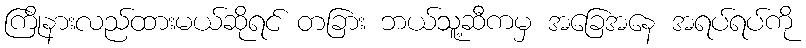
ကြိုနားလည်ထားမယ်ဆိုရင် တခြား ဘယ်သူ့ဆီကမှ အခြေအနေ အရပ်ရပ်ကို